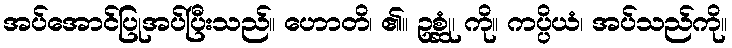
အပ်အောင်ပြုအပ်ပြီးသည်။ ဟောတိ၊ ၏။ ဥစ္ဆုံ၊ ကို။ ကပ္ပိယံ၊ အပ်သည်ကို။